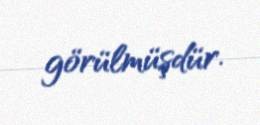
görülmüşdür.